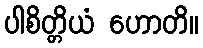
ပါစိတ္တိယံ ဟောတိ။